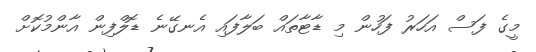
މީގެ ފަސް އަހަރު ފަހުން މި ޑާޓާތައް ބަލާފައި އެނގޭނެ ޑޮލްފިން އާންމުކޮށް